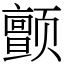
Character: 颤